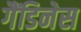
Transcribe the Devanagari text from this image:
गैंडिनेस